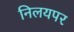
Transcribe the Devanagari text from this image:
निलयपर